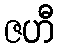
ဇဟီ